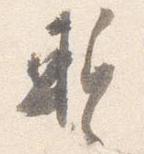
蹔